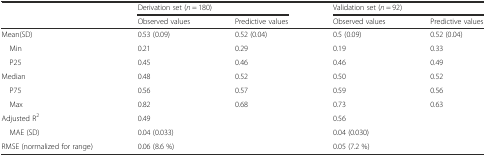
|  | <COLSPAN=2> Derivation set (n = 180) | <COLSPAN=2> Validation set (n = 92) |
 |  | Observed values | Predictive values | Observed values | Predictive values |
 | --- | --- | --- | --- | --- |
 | Mean(SD) | 0.53 (0.09) | 0.52 (0.04) | 0.5 (0.09) | 0.52 (0.04) |
 | Min | 0.21 | 0.29 | 0.19 | 0.33 |
 | P25 | 0.45 | 0.46 | 0.46 | 0.49 |
 | Median | 0.48 | 0.52 | 0.50 | 0.52 |
 | P75 | 0.56 | 0.57 | 0.59 | 0.56 |
 | Max | 0.82 | 0.68 | 0.73 | 0.63 |
 | Adjusted R2 | <COLSPAN=2> 0.49 | <COLSPAN=2> 0.56 |
 | MAE (SD) | <COLSPAN=2> 0.04 (0.033) | <COLSPAN=2> 0.04 (0.030) |
 | RMSE (normalized for range) | <COLSPAN=2> 0.06 (8.6 %) | <COLSPAN=2> 0.05 (7.2 %) |